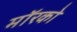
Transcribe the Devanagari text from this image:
मॉरको